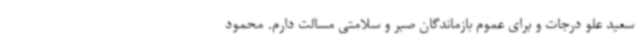
سعید علو درجات و برای عموم بازماندگان صبر و سلامتی مسالت دارم. محمود